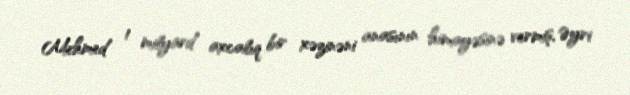
Mehmed 1 milyard axcalıq bir xəzinəni anasının himayəsinə vermiş, Əyri